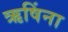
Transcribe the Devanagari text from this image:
ऋषिंना